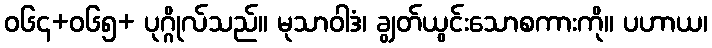
ဝ၆၄+၀၆၅+ ပုဂ္ဂိုလ်သည်။ မုသာဝါဒံ၊ ချွတ်ယွင်းသောစကားကို။ ပဟာယ၊